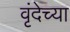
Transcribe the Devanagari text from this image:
वृंदेच्या